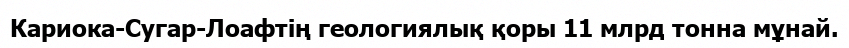
Кариока-Сугар-Лоафтің геологиялық қоры 11 млрд тонна мұнай.